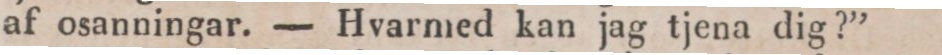
af osanningar. — Hvarmed kan jag tjena dig?”